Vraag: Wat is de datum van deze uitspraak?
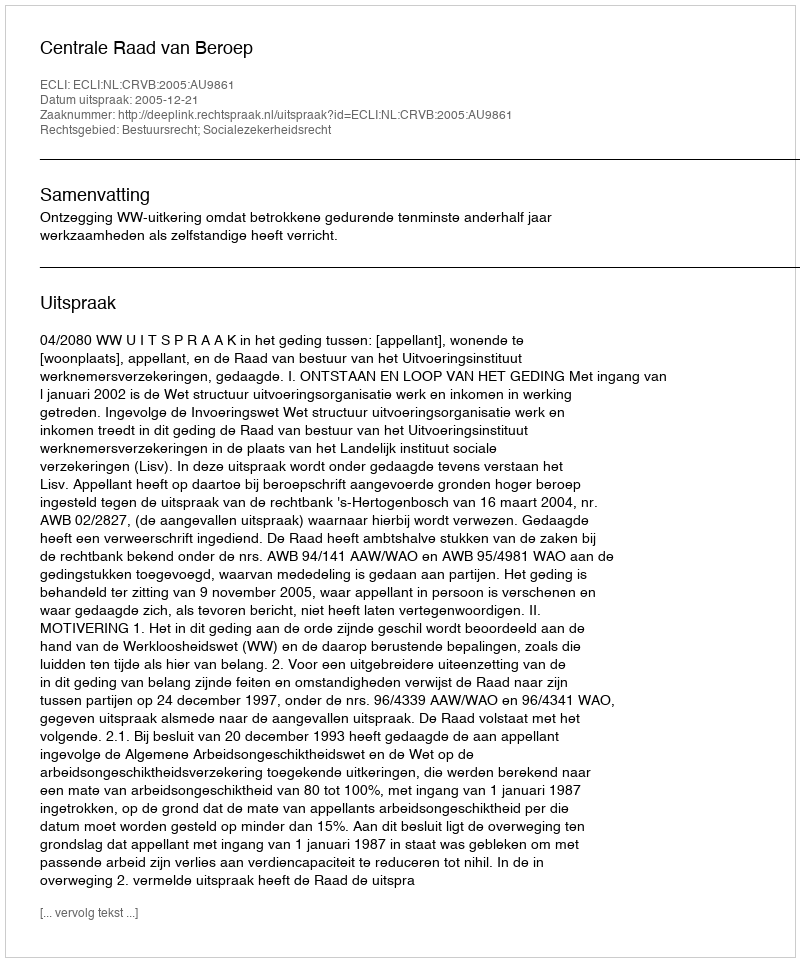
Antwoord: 2005-12-21